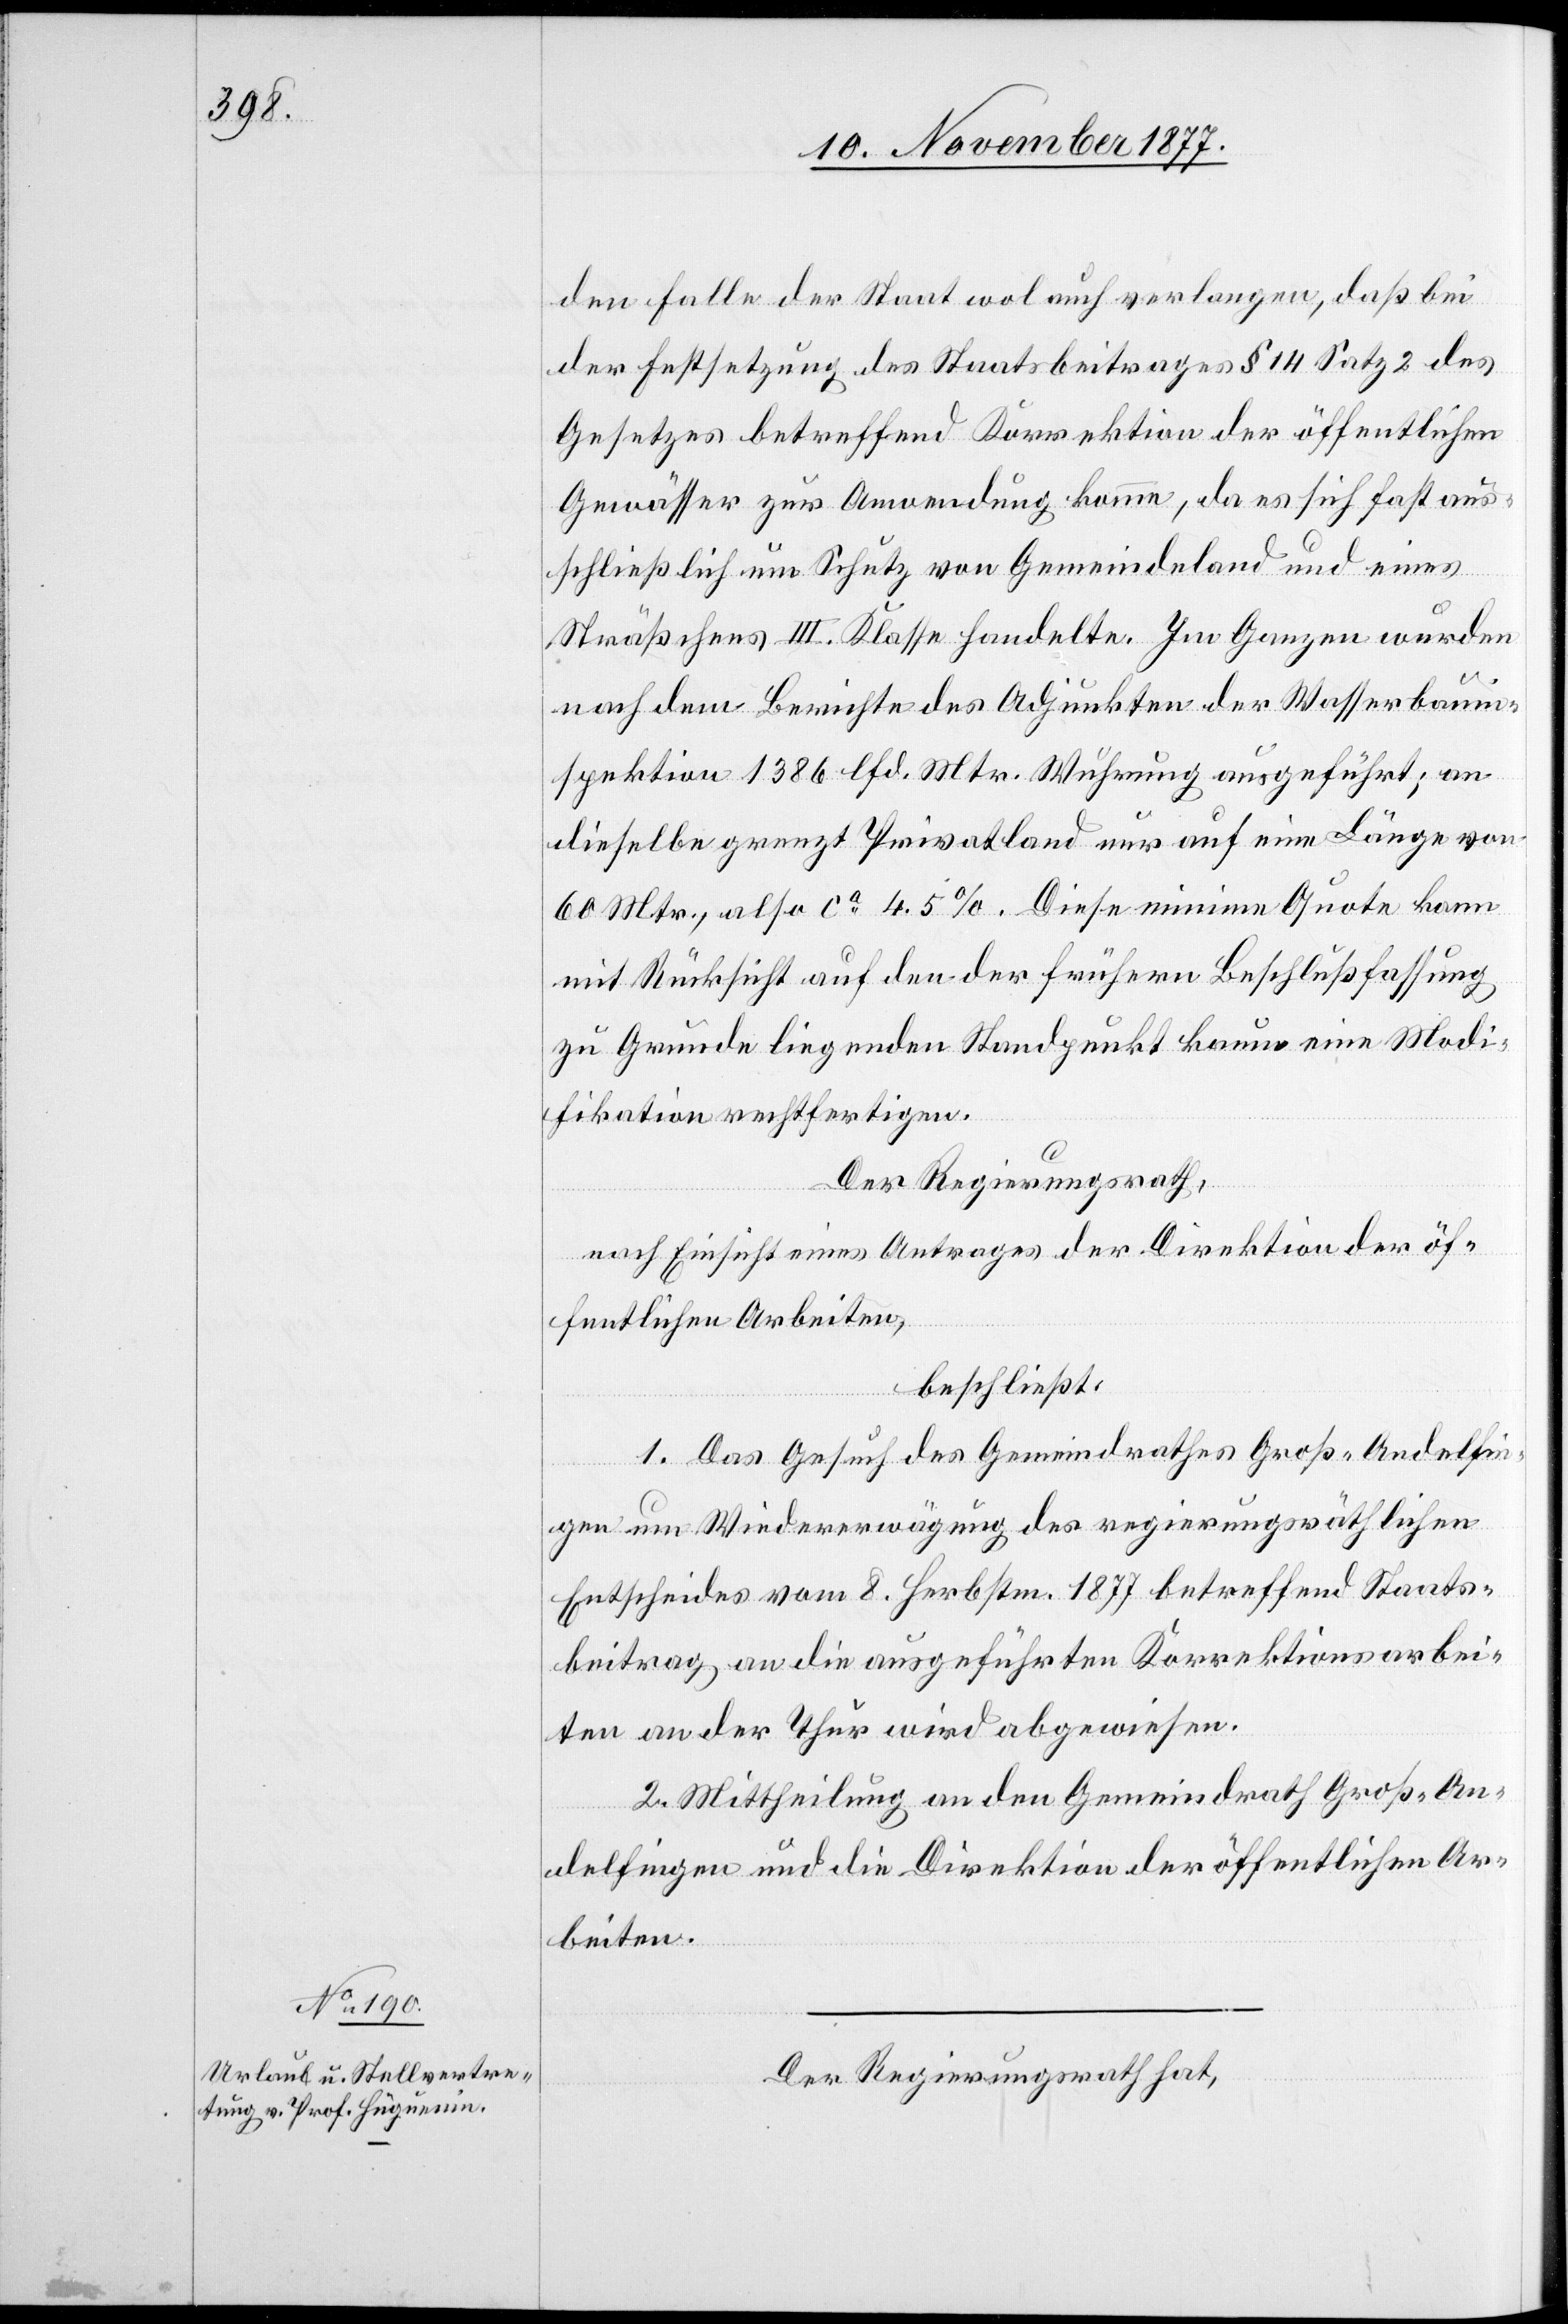
den Falle der Staat wol auch verlangen, daß bei
der Festsetzung des Staatsbeitrages § 14 Satz 2 des
Gesetzes betreffend Korrektion der öffentlichen
Gewässer zur Anwendung komme, da es sich fast aus¬
schließlich um Schutz von Gemeindeland und eines
Sträßchens III. Klasse handelte. Im Ganzen wurden
nach dem Berichte des Adjunkten der Wasserbauin¬
spektion 1386 lfd. Mtr. Wuhrung ausgeführt; an
dieselbe grenzt Privatland nur auf eine Länge von
60 Mtr., also ca 4.5%. Diese minime Quote kann
mit Rücksicht auf den der frühern Beschlußfassung
zu Grunde liegenden Standpunkt kaum eine Modi¬
fikation rechtfertigen.
Der Regierungsrath,
nach Einsicht eines Antrages der Direktion der öf¬
fentlichen Arbeiten,
beschließt:
1. Das Gesuch des Gemeindrathes Groß-Andelfin¬
gen um Wiedererwägung des regierungsräthlichen
Entscheides vom 8. Herbstm. 1877 betreffend Staats¬
beitrag an die ausgeführten Korrektionsarbei¬
ten an der Thur wird abgewiesen.
2. Mittheilung an den Gemeindrath Groß-An¬
delfingen und die Direktion der öffentlichen Ar¬
beiten.
Der Regierungsrath hat,